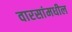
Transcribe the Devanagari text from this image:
वारसांमधील